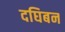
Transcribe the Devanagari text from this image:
दघिबन